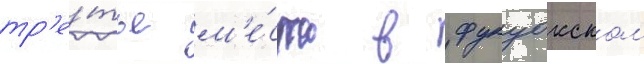
тр'е́тье м'е́сто в фукуокском